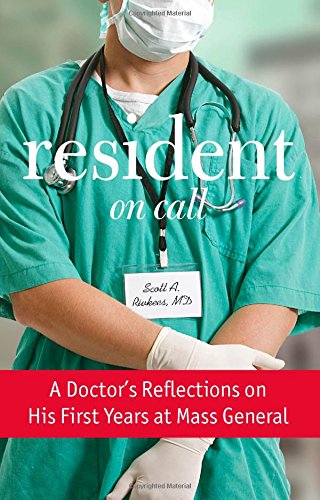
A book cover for Resident On Call: A Doctor's Reflections On His First Years At Mass General; Scott Rivkees; Biographies & Memoirs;